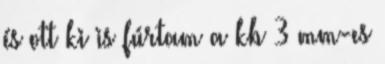
és ott ki is fúrtam a kb 3 mm-es